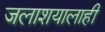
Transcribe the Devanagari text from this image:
जलाशयालाही